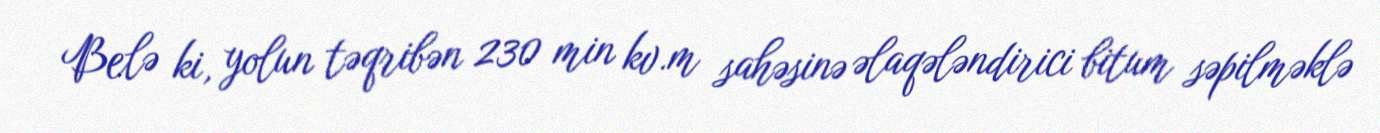
Belə ki, yolun təqribən 230 min kv.m sahəsinə əlaqələndirici bitum səpilməklə